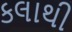
કલાથી